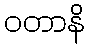
ဝတာနိ